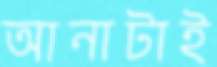
আনাটাই